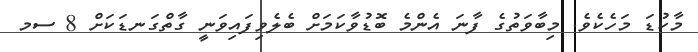
މާކުޑަ މަހެކެވެ. މިބާވަތުގެ ފާނަ އެންމެ ބޮޑުވާކަމަށް ބެލެވިފައިވަނީ ގާތްގަނޑަކަށް 8 ސމ